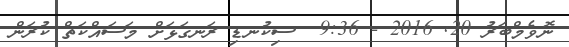
ނޮވެމްބަރު 20